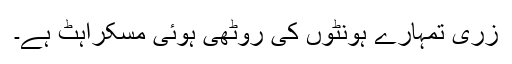
زری تمہارے ہونٹوں کی روٹھی ہوئی مسکراہٹ ہے۔